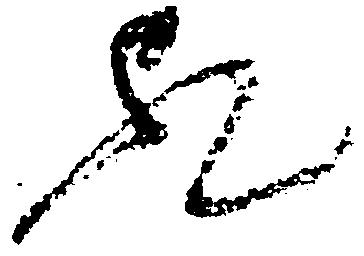
歟